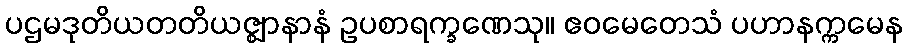
ပဌမဒုတိယတတိယဇ္ဈာနာနံ ဥပစာရက္ခဏေသု။ ဧဝမေတေသံ ပဟာနက္ကမေန